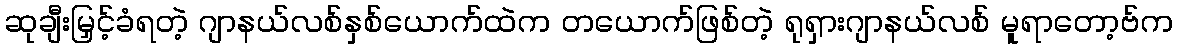
ဆုချီးမြှင့်ခံရတဲ့ ဂျာနယ်လစ်နှစ်ယောက်ထဲက တယောက်ဖြစ်တဲ့ ရုရှားဂျာနယ်လစ် မူရာတော့ဗ်က